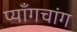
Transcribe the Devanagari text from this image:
प्याँगचांग